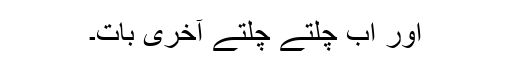
اور اب چلتے چلتے آخری بات۔